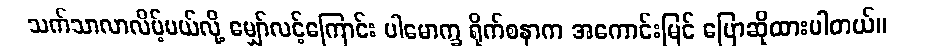
သက်သာလာလိမ့်မယ်လို့ မျှော်လင့်ကြောင်း ပါမောက္ခ ရိုက်စနာက အကောင်းမြင် ပြောဆိုထားပါတယ်။